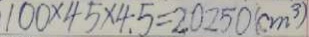
1 0 0 \times 4 5 \times 4 . 5 = 2 0 2 5 0 ( c m ^ { 3 } )